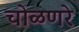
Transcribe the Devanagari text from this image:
चोळणरे